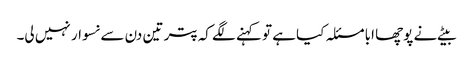
بیٹے نے پوچھا ابا مسئلہ کیا ہے تو کہنے لگے کہ پتر تین دن سے نسوار نہیں لی۔